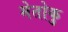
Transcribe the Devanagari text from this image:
मेतोकु